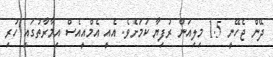
ދޭން ޖެހޭނީ 1.5 މިލިއަން ރުފިޔާ ކަމަށެވެ. އެއީ އެމްއީއެސް އިމާރާތުގައި ހުރި